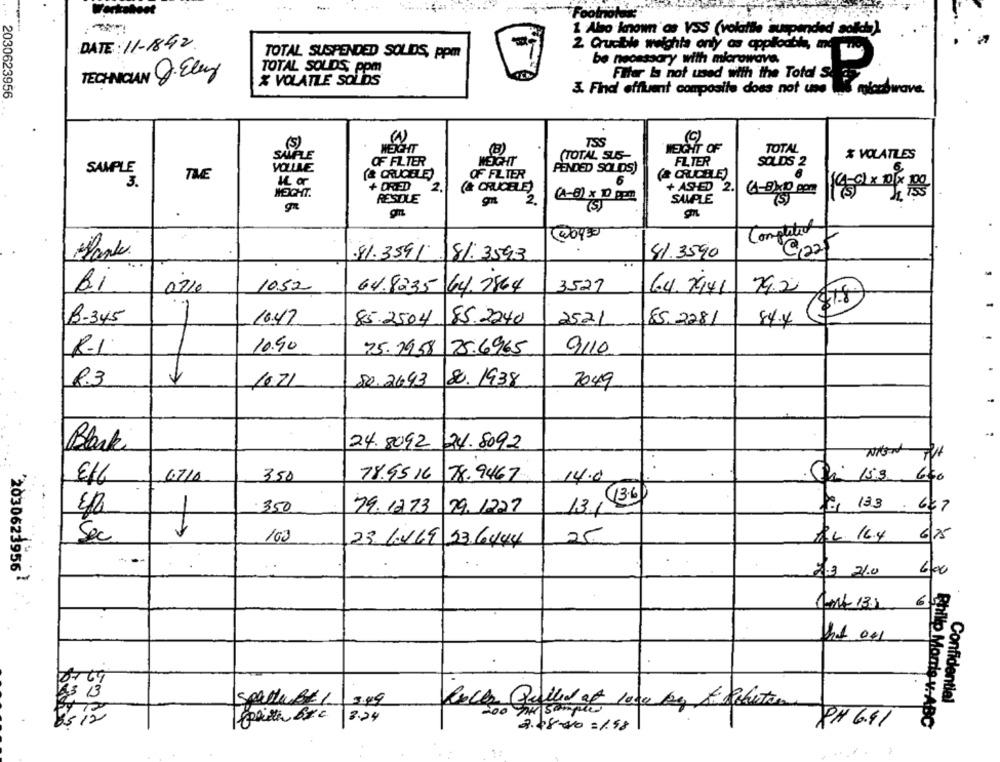
Footnotes
1. Also known'de VSS (volatile suspended salida).
DATE : 11-1842
2. Crucible weights only as cpplodbi, me
TOTAL SUSPENDED SOLIDS, ppm
be necessary with microwave.
TECHNICIAN .Eley
TOTAL SOLIDS, Pom
Filter Is not used with the Total S. 35
X VOLATILE SOLIDS
3. Final effluent composite does not use Ins microwave.
2030623956
( W)
(S)
TSS
WEIGHT
WEIGHT OF
TOTAL
SAMPLE
WEIGHT
(TOTAL SUS-
FILTER
% VOLATLES
SAMPLE
VOLLLE
OF FILTER
PENDED SOLDS)
SOLDS 2
TIE
(& CRUCELE)
OF FLTER
(& CRUCELE)
3.
IL or
6
+ DRED
2.
(& CRUCELE)
+ ASHED 2.
WEIGHT.
RESTLE
(4-8×10 com
2.
(A-8) x D gen
SAMPLE
Completed
@22t
.41.3591
81. 3593
41.3590
..
Bi
0710
1052
64.8235 44.7864
3527
79.2
64. 7941
$1.8
B-345
1
10.47
85.2240
2521
85.2281
85.2504
84.4
10.90
75.29.58
25:6965
9/10
R.L
R.3
80.2643
8. 1938
7049
16.71
Black
24. 809224.5092
E16
6710
350
78.95 16
78.9467
14.0
15.3 660
13.6
350
79.12.73
29. 1227
13.1
E 133 . 667
Sec
100
25
AL. 16.4 6/85
23. 1.169 33.6444
'2030623956}
2.3 21.0 600
6
hat 041
85 13
SpartuBE 1 3.49
Confidential
ak Samples
12
Keith Bxc 3.24
PH 6.41
Phillip Morris v. ABC
2.48-20=1.98